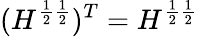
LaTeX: (H^{\frac{1}{2}\frac{1}{2}})^{T}=H^{\frac{1}{2}\frac{1}{2}}